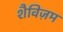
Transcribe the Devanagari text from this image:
शैविज़म